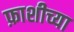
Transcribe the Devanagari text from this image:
फ़ाशीच्या